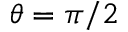
\theta = \pi / 2